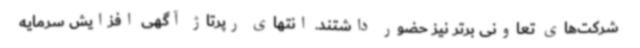
شرکت‌های تعاونی برتر نیز حضور داشتند. انتهای رپرتاژ آگهی افزایش سرمایه